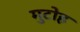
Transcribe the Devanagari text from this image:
मुटोह